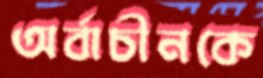
অর্বাচীনকে